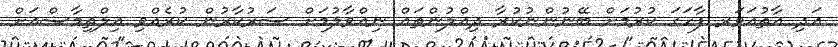
އަދި އާތުއަވަރ ފާހަގަ ކުރުމަށް ބޭނުންނުކުރާ ދިއްލުންތައް ނިއްވާލުމަށް ސަރުކާރުން ކުރެއްވި އިލްތިމާސްއަށް